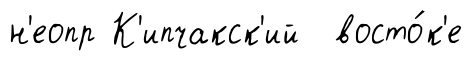
н'еопр К'ипчакск'ий восто́к'е